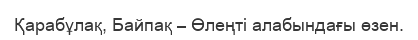
Қарабұлақ, Байпақ – Өлеңті алабындағы өзен.